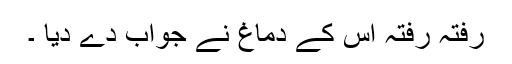
رفتہ رفتہ اس کے دماغ نے جواب دے دیا ۔